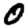
Digit: 0